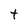
Character: t